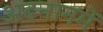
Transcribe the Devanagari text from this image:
अदनानमें